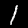
Digit: 1